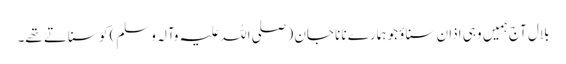
بلال آج ہمیں وہی اذان سناؤ جو ہمارے نانا جان (صلی اللہ علیہ وآلہ وسلم) کو سناتے تھے۔